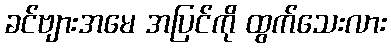
ခင်ဗျားအမေ အပြင်ကို ထွက်သေးလား